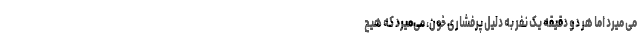
می میرد اما هر دو دقیقه یک نفر به دلیل پرفشاری خون، می‌‌میرد که هیچ